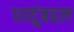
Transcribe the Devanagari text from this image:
धातूंबद्दल